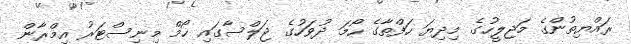
ރައްޔިތުންގެ މަޖިލީހުގެ މިދިޔަ ހަފްތާގެ ހޯމަ ދުވަހުގެ ޖަލްސާގައި ހޯމް މިނިސްޓަރު އިމްރާން